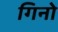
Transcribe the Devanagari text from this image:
गिनो